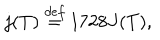
j ( T ) \stackrel { d e f } { = } 1 7 2 8 J ( T ) ,